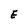
Character: E